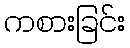
ကစားခြင်း